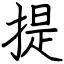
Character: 提